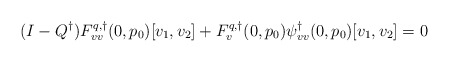
\begin{align*}(I-Q^\dagger)F^{q,\dagger}_{vv}(0,p_0)[v_1,v_2] + F^{q,\dagger}_v(0,p_0)\psi^\dagger_{vv}(0,p_0)[v_1,v_2] = 0\end{align*}